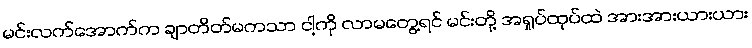
မင်းလက်အောက်က ချာတိတ်မကသာ ငါ့ကို လာမတွေ့ရင် မင်းတို့ အရှုပ်ထုပ်ထဲ အားအားယားယား